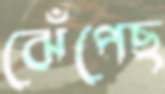
ঝেঁপেছ